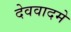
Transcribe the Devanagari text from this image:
देववादमे